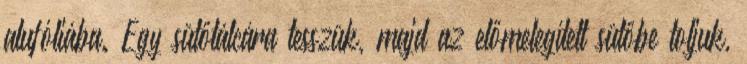
alufóliába. Egy sütőtálcára tesszük, majd az előmelegített sütőbe toljuk,